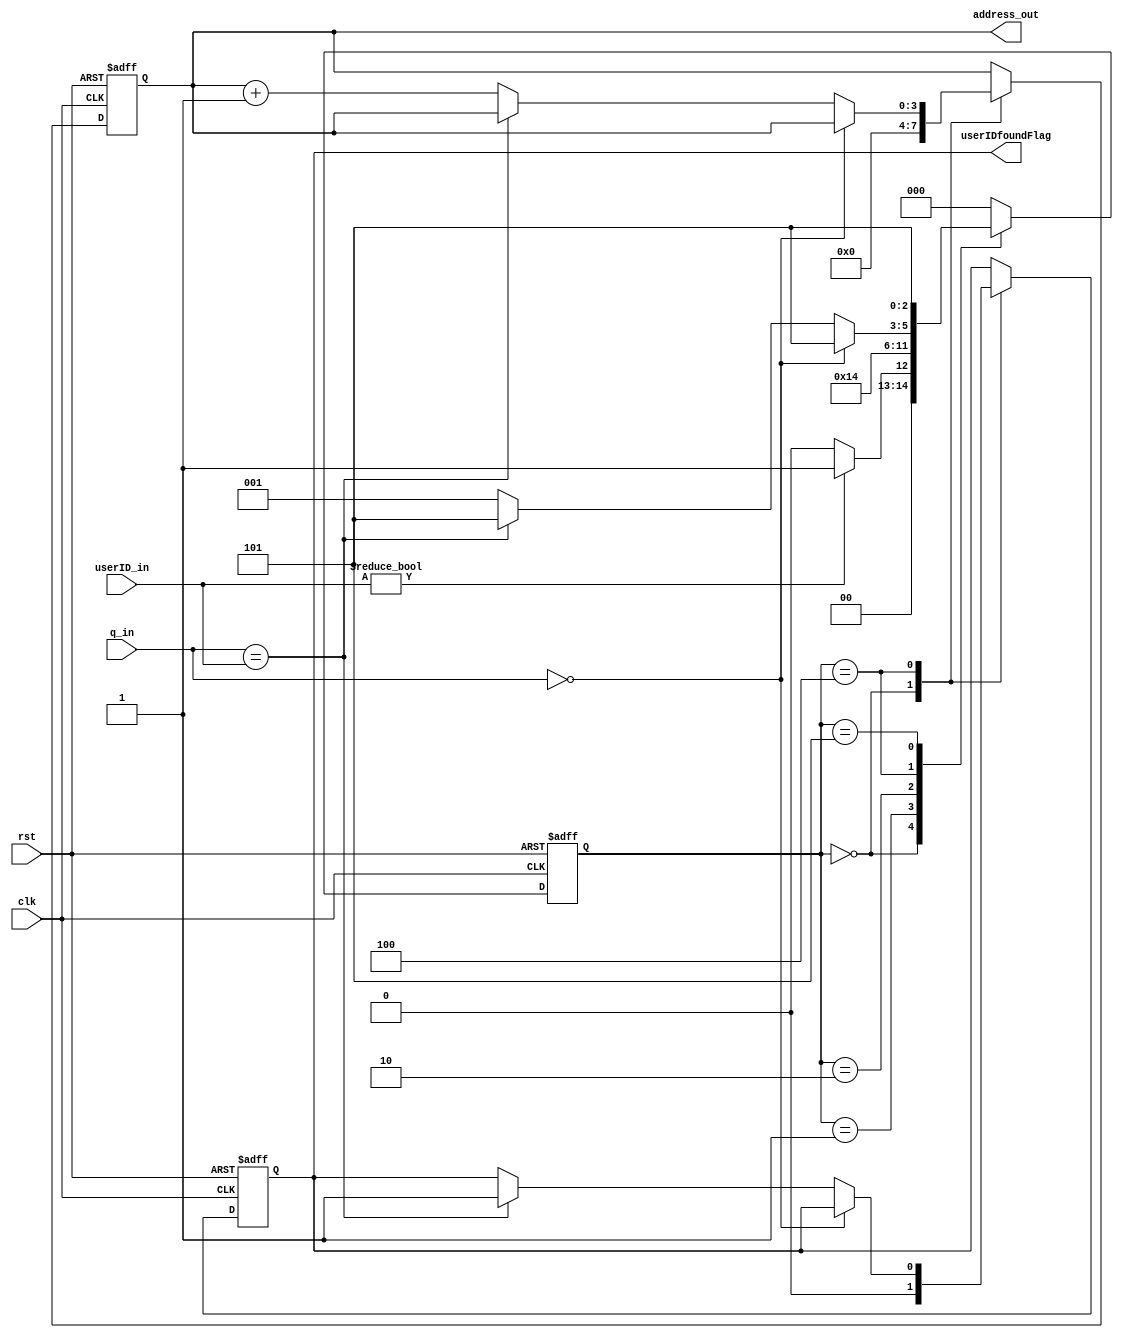


module ROM_controller(clk, rst, userID_in, q_in, address_out, userIDfoundFlag);
	input clk, rst;
	input[15:0] userID_in, q_in;

	output reg[3:0] address_out;
	output reg userIDfoundFlag;
	
	reg[2:0] state;
	parameter INIT = 3'd0, WAIT1 = 3'd1, WAIT2 = 3'd2, LOAD = 3'd3, CHECK = 3'd4, FINISH = 3'd5;
	always @ (posedge clk, negedge rst)	begin
		if(~rst)	begin
			state <= INIT;
			address_out <= 4'd0;
			userIDfoundFlag <= 0;
		end
		else	begin	
			case(state)
			INIT:	begin
				address_out <= 4'd0;
				userIDfoundFlag <= 0;
				if(userID_in != 0)	begin	// wait for userID input
					state <= WAIT1;
				end
				else begin
					state <= INIT;
				end
			end
			WAIT1:	state = WAIT2;
			WAIT2: state = CHECK;
			CHECK:	begin
				if(q_in==0)	begin
					//address_out <= 4'd15;	// address 15 means "userID does not matched, plz enter another userID" OR WE CAN SET LED HERE
					state <= FINISH;
				end
				else	begin
					if(q_in == userID_in)	begin
						userIDfoundFlag <= 1;
						state <= FINISH;
					end
					else	begin
						address_out <= address_out + 1;
						state <= WAIT1;
					end
				end	
			end
			FINISH:	begin
				state <= FINISH;

			end
			default:	begin
				state <= INIT;
			end
			endcase	
		end
	end
endmodule